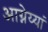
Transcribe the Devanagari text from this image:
आग्नेय्यां